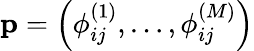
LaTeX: \mathbf{p}=\left(\phi_{ij}^{(1)},\dots,\phi_{ij}^{(M)}\right)